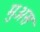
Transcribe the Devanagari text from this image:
मुअस